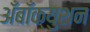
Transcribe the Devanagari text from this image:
अँबाँक्युशन